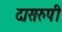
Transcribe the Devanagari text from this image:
दासरुपी